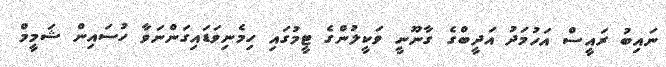
ނައިބު ރައީސް އަހުމަދު އަދީބްގެ ގާނޫނީ ވަކީލުންގެ ޓީމުގައި ހިމެނިވަޑައިގަންނަވާ ހުސައިން ޝަމީމް